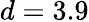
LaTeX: d=3.9